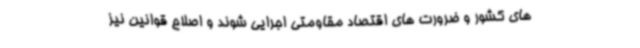
های کشور و ضرورت های اقتصاد مقاومتی اجرایی شوند و اصلاح قوانین نیز